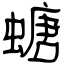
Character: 螗